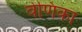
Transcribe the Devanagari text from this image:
वेणिका